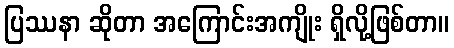
ပြဿနာ ဆိုတာ အကြောင်းအကျိုး ရှိလို့ဖြစ်တာ။